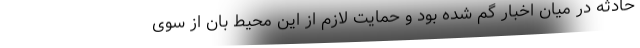
حادثه در میان اخبار گم شده بود و حمایت لازم از این محیط بان از سوی